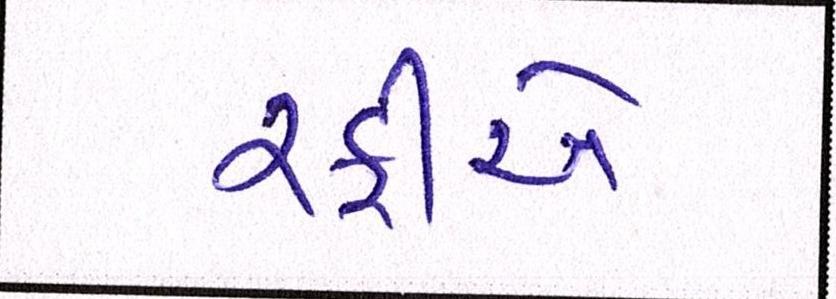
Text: રફીએ